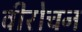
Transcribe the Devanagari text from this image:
वीरोचन